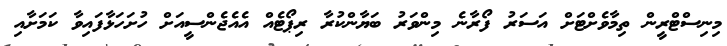
މިނިސްޓްރީން ތިމާވެށްޓަށް އަސަރު ފޯރާނެ މިންވަރު ބަޔާންކުރާ ރިޕޯޓެއް އެއެޖެންސީއަށް ހުށަހަޅާފައިވާ ކަމަށާއި